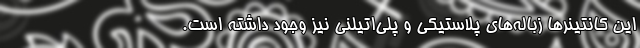
این کانتینرها زباله‌های پلاستیکی و پلی‌اتیلنی نیز وجود داشته است.